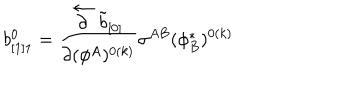
LaTeX: b _ { [ 1 ] 1 } ^ { 0 } = { \frac { \stackrel { \leftarrow } { \partial } \tilde { b } _ { [ 0 ] } } { \partial ( \phi ^ { A } ) ^ { 0 ( k ) } } } \sigma ^ { A B } ( \phi _ { B } ^ { * } ) ^ { 0 ( k ) }